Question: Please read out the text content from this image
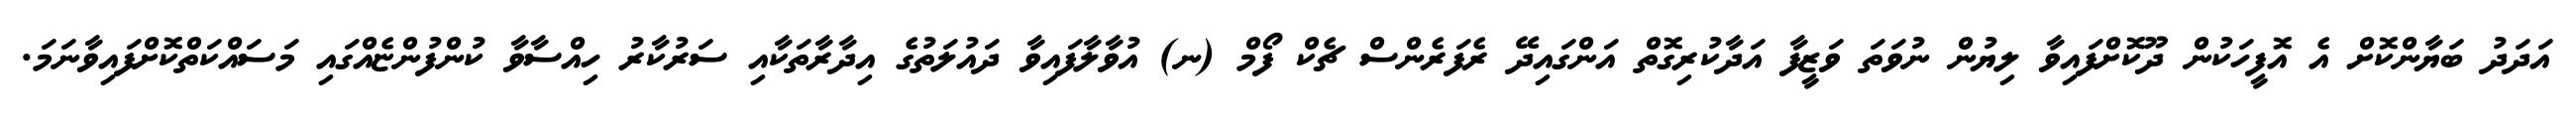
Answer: އަދަދު ބަޔާންކޮށް އެ އޮފީހަކުން ދޫކޮށްފައިވާ ލިޔުން ނުވަތަ ވަޒީފާ އަދާކުރިގޮތް އަންގައިދޭ ރެފަރެންސް ޗެކް ފޯމް (ނ) އުވާލާފައިވާ ދައުލަތުގެ އިދާރާތަކާއި ސަރުކާރު ހިއްސާވާ ކުންފުންޏެއްގައި މަސައްކަތްކޮށްފައިވާނަމަ.